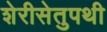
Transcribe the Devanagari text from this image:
शेरीसेतुपथी